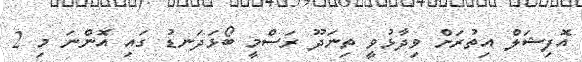
އޮފިޝަލް އިތުރަށް ވިދާޅުވީ ތިނަދޫ ރަސްމީ ބޯޅަދަނޑު ގައި އޮންނަ މި 2